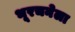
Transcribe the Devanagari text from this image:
भूरचनेला